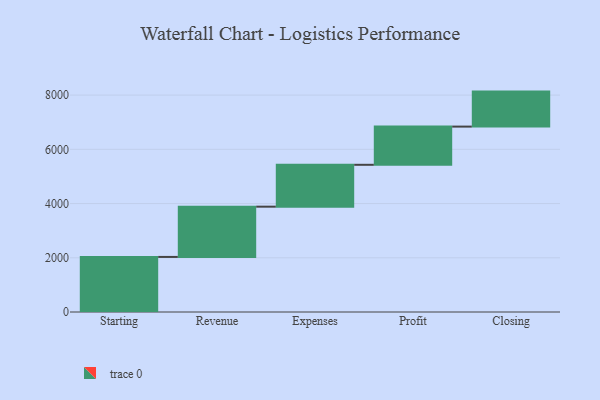
{"axis": {"x": "Step", "y": "Value"}, "legend": [""], "data": [{"x": "Starting", "y": 2031.0, "type": ""}, {"x": "Revenue", "y": 1854.0, "type": ""}, {"x": "Expenses", "y": 1544.0, "type": ""}, {"x": "Profit", "y": 1409.0, "type": ""}, {"x": "Closing", "y": 1291.0, "type": ""}]}